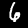
Digit: 6